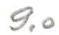
9,0